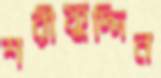
শরীফুদ্দিন